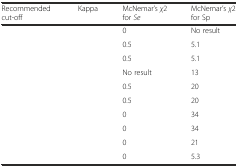
<table><thead><tr><td><b>Recommended cut-off</b></td><td><b>Kappa</b></td><td><b>McNemar’s <i>χ</i>2 for <i>Se</i></b></td><td><b>McNemar’s <i>χ</i>2 for Sp</b></td></tr></thead><tbody><tr><td>[EMPTY_CELL]</td><td>[EMPTY_CELL]</td><td>0</td><td>No result</td></tr><tr><td>[EMPTY_CELL]</td><td>[EMPTY_CELL]</td><td>0.5</td><td>5.1</td></tr><tr><td>[EMPTY_CELL]</td><td>[EMPTY_CELL]</td><td>0.5</td><td>5.1</td></tr><tr><td>[EMPTY_CELL]</td><td>[EMPTY_CELL]</td><td>No result</td><td>13</td></tr><tr><td>[EMPTY_CELL]</td><td>[EMPTY_CELL]</td><td>0.5</td><td>20</td></tr><tr><td>[EMPTY_CELL]</td><td>[EMPTY_CELL]</td><td>0.5</td><td>20</td></tr><tr><td>[EMPTY_CELL]</td><td>[EMPTY_CELL]</td><td>0</td><td>34</td></tr><tr><td>[EMPTY_CELL]</td><td>[EMPTY_CELL]</td><td>0</td><td>34</td></tr><tr><td>[EMPTY_CELL]</td><td>[EMPTY_CELL]</td><td>0</td><td>21</td></tr><tr><td>[EMPTY_CELL]</td><td>[EMPTY_CELL]</td><td>0</td><td>5.3</td></tr></tbody></table>